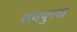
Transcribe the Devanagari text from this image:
रायपुरबा